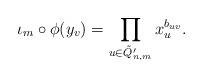
LaTeX: \begin{align*} \iota_m \circ \phi (y_{v}) = \prod_{u \in \tilde Q'_{n,m}} x_{u}^{b_{uv}}.\end{align*}